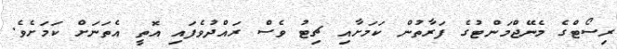
ރިސޯޓްގެ މެނޭޖްމަންޓުގެ ފަރާތުން ކަމަށާއި ޗިޓު ވެސް ރައްދުވެފައި އޮތީ އެތަނަށް ކަމަށެވެ.